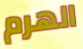
الهرم